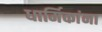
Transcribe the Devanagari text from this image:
धार्मिकांना